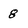
Character: 8